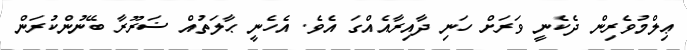
ޢިލްމުވެރިން ދެކެނީ ވަރަށް ހަނި ދާއިރާއެއްގަ އެވެ. އެހެނީ ޙާލަތުއް ޟަރޫރާ ބޭނުންކުރަން